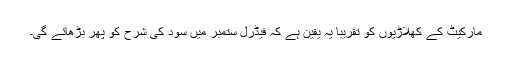
مارکیٹ کے کھلاڑیوں کو تقریبا یہ یقین ہے کہ فیڈرل ستمبر میں سود کی شرح کو پھر بڑھائے گی۔